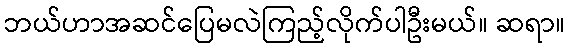
ဘယ်ဟာအဆင်ပြေမလဲကြည့်လိုက်ပါဦးမယ်။ ဆရာ။